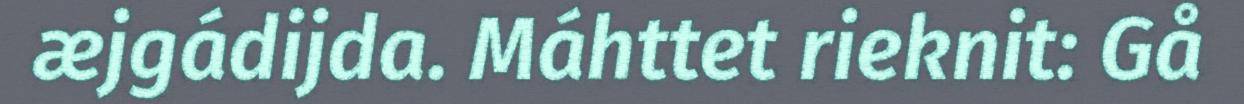
æjgádijda. Máhttet rieknit: Gå